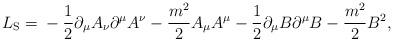
LaTeX: \begin{align*}L_{\rm S} = \mbox{}- \frac{1}{2}\partial_{\mu}A_{\nu}\partial^{\mu}A^{\nu} - \frac{m^{2}}{2}A_{\mu}A^{\mu} - \frac{1}{2}\partial_{\mu}B\partial^{\mu}B - \frac{m^{2}}{2}B^{2} , \end{align*}